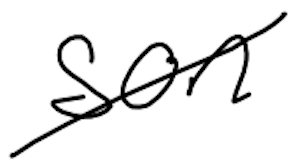
Text: son
Cross-out: diagonal
Writing tool: digital_black